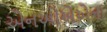
એનઓએએના